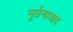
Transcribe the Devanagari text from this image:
मूर्छनावाद